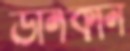
ডানকান